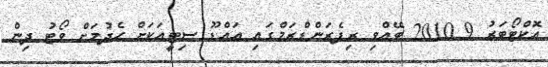
އޮކްޓޯބަރު 9 2010 ބޭއްވި ރިފެރަންޑްރަމްގައި އައްޑޫ ސިޓީއަކަށް ހެދުމަށް ވޯޓު ދިން